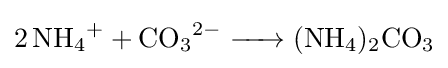
{\ce {2 NH4+ + CO3^2- -> (NH4)2CO3}}